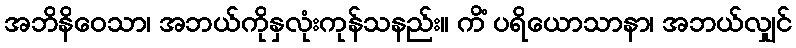
အဘိနိဝေသာ၊ အဘယ်ကိုနှလုံးကုန်သနည်း။ ကိံ ပရိယောသာနာ၊ အဘယ်လျှင်